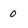
Character: 0